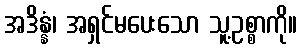
အဒိန္နံ၊ အရှင်မပေးသော သူ့ဥစ္စာကို။